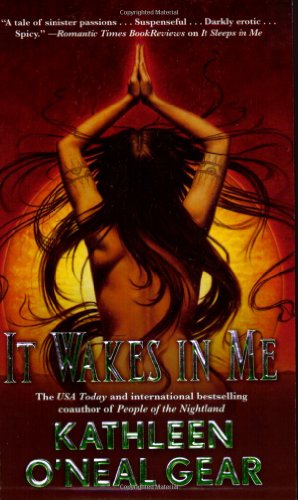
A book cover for It Wakes in Me (In Me Series); Kathleen O'Neal Gear; Romance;